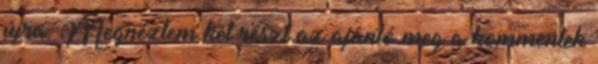
újra. Megnéztem két részt az ajánló meg a kommentek